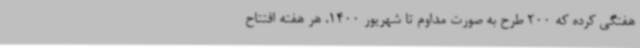
هفتگی کرده که 200 طرح به صورت مداوم تا شهریور 1400، هر هفته افتتاح